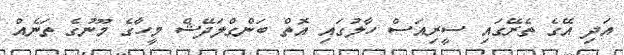
އަދި އޭގެ ތެރޭގައި ސީރިއަސް ހާލުގައި އޮތް ބަންގްލަދޭޝް މީހާގެ މޫނުގެ ތަނެއް